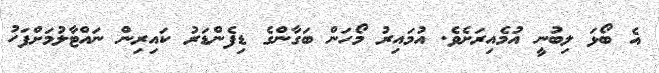
އެ ބޯޅަ ލިބުނީ އުމެއިރަށެވެ. އުމައިރު މޯހަން ބަގާންގެ ޑިފެންޑަރު ކައިރިން ނައްޓާލުމަށްފަހު